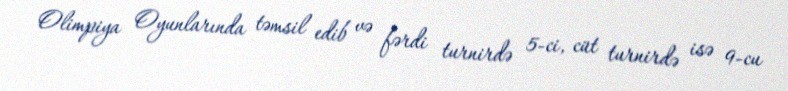
Olimpiya Oyunlarında təmsil edib və fərdi turnirdə 5-ci, cüt turnirdə isə 9-cu